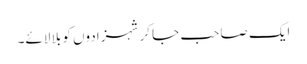
ایک صاحب جا کر شہزادوں کو بلا لائے۔